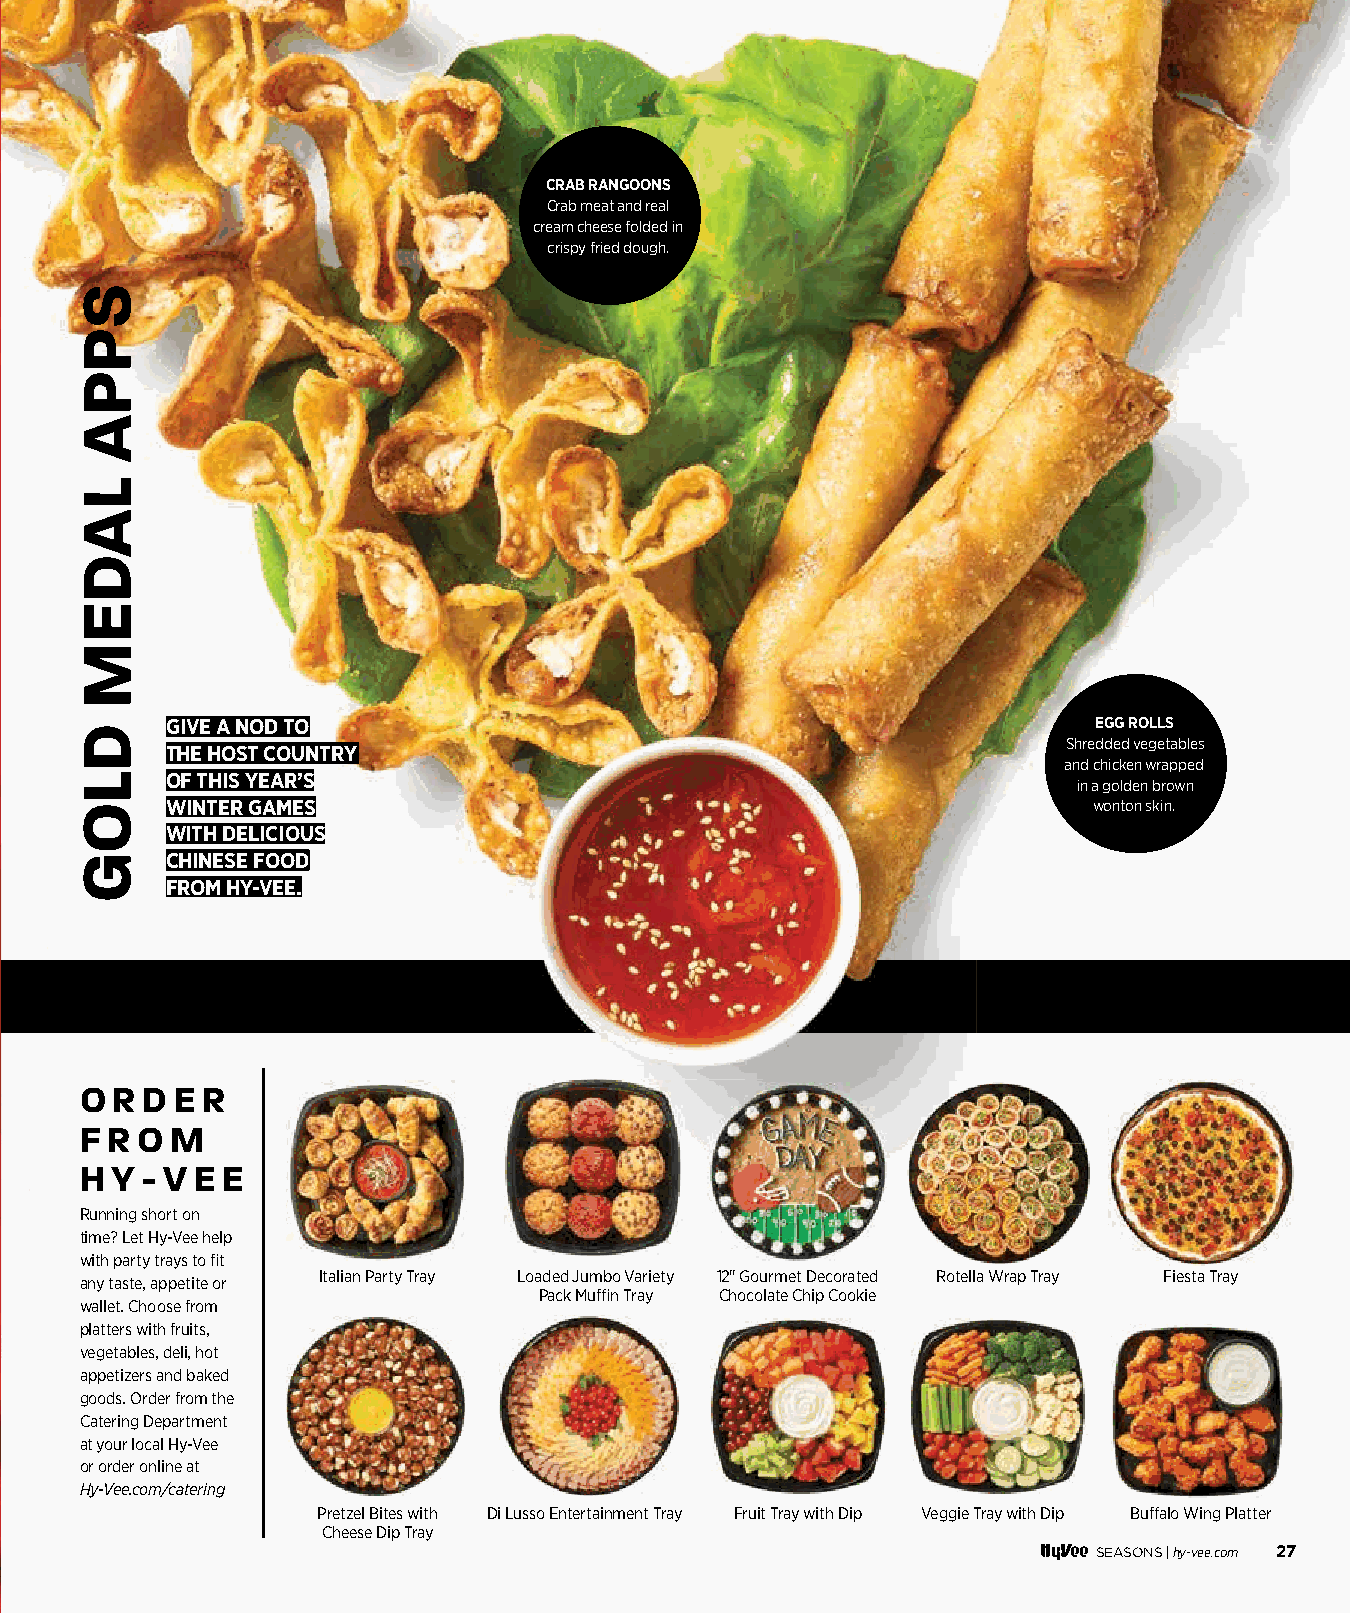
CRAB RANGOONS
 Crab meat and real
 cream cheese folded in
 crispy fried dough.
 GIVE A NOD TO                                                 EGG ROLLS
 Shredded vegetables
 THE HOST COUNTRY
 and chicken wrapped
 OF THIS YEAR’S                                              in a golden brown
 WINTER GAMES                                                 wonton skin.
 WITH DELICIOUS
 CHINESE FOOD
 FROM HY-VEE.
 O R D  E R
 F R O M
 H Y - V E E
 Running short on
 time? Let Hy-Vee help
 with party trays to fi t
 Italian Party Tray Loaded Jumbo Variety 12" Gourmet Decorated Rotella Wrap Tray Fiesta Tray
 any taste, appetite or
 Pack Muffi n Tray Chocolate Chip Cookie
 wallet. Choose from
 platters with fruits,
 vegetables, deli, hot
 appetizers and baked
 goods. Order from the
 Catering Department
 at your local Hy-Vee
 or order online at
 Hy-Vee.com/catering
 Pretzel Bites with Di Lusso Entertainment Tray Fruit Tray with Dip Veggie Tray with Dip Buff alo Wing Platter
 Cheese Dip Tray
 SEASONS |hy-vee.com 27
 002200--002299 WWaattcchh PPaarrttyy__1111..2299..iinndddd 2277                  1111//3300//2211 99::3300 AAMM
 SPPA
 LADEM
 DLOG